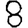
Digit: 8